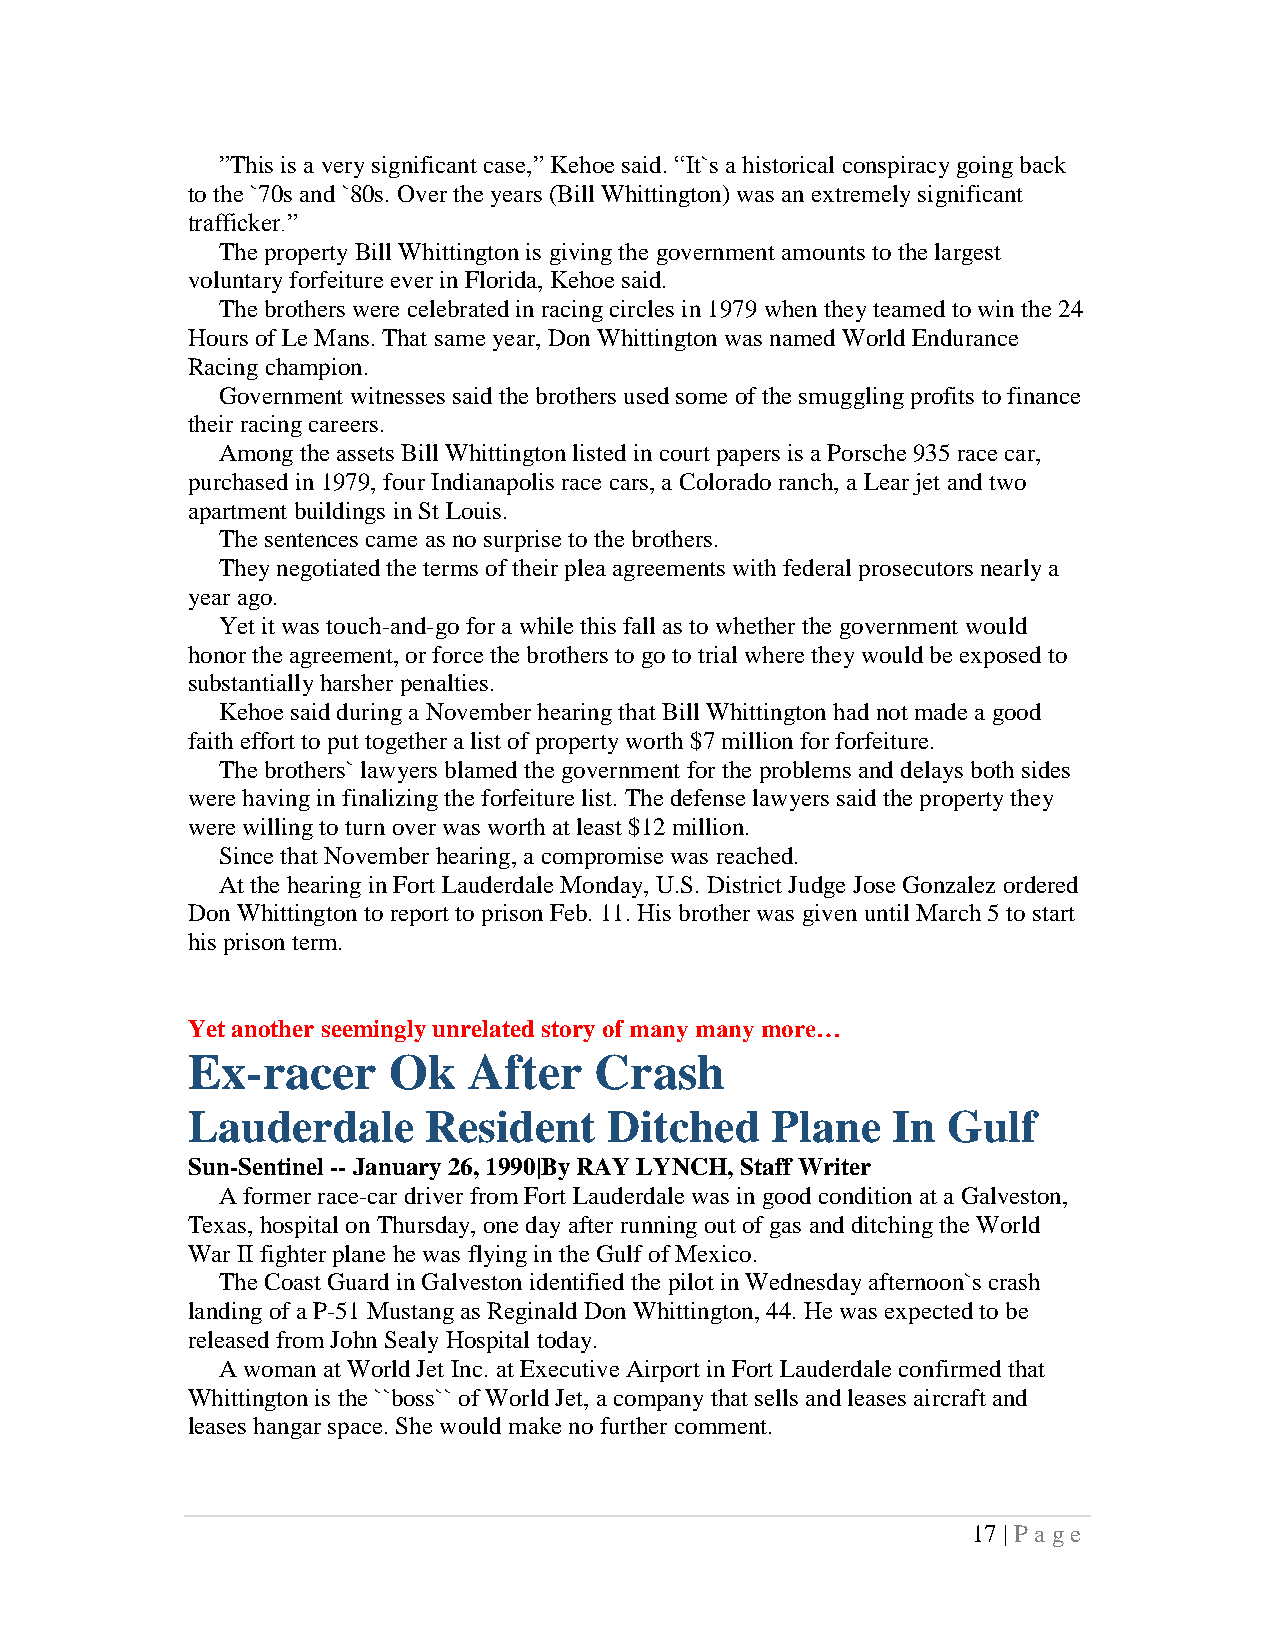
”This is a very significant case,” Kehoe said. “It`s a historical conspiracy going back
 to the `70s and `80s. Over the years (Bill Whittington) was an extremely significant
 trafficker.”
 The property Bill Whittington is giving the government amounts to the largest
 voluntary forfeiture ever in Florida, Kehoe said.
 The brothers were celebrated in racing circles in 1979 when they teamed to win the 24
 Hours of Le Mans. That same year, Don Whittington was named World Endurance
 Racing champion.
 Government witnesses said the brothers used some of the smuggling profits to finance
 their racing careers.
 Among the assets Bill Whittington listed in court papers is a Porsche 935 race car,
 purchased in 1979, four Indianapolis race cars, a Colorado ranch, a Lear jet and two
 apartment buildings in St Louis.
 The sentences came as no surprise to the brothers.
 They negotiated the terms of their plea agreements with federal prosecutors nearly a
 year ago.
 Yet it was touch-and-go for a while this fall as to whether the government would
 honor the agreement, or force the brothers to go to trial where they would be exposed to
 substantially harsher penalties.
 Kehoe said during a November hearing that Bill Whittington had not made a good
 faith effort to put together a list of property worth $7 million for forfeiture.
 The brothers` lawyers blamed the government for the problems and delays both sides
 were having in finalizing the forfeiture list. The defense lawyers said the property they
 were willing to turn over was worth at least $12 million.
 Since that November hearing, a compromise was reached.
 At the hearing in Fort Lauderdale Monday, U.S. District Judge Jose Gonzalez ordered
 Don Whittington to report to prison Feb. 11. His brother was given until March 5 to start
 his prison term.
 Yet another seemingly unrelated story of many many more…
 Ex-racer      Ok   After   Crash
 Lauderdale      Resident    Ditched    Plane   In  Gulf
 Sun-Sentinel -- January 26, 1990|By RAY LYNCH, Staff Writer
 A former race-car driver from Fort Lauderdale was in good condition at a Galveston,
 Texas, hospital on Thursday, one day after running out of gas and ditching the World
 War II fighter plane he was flying in the Gulf of Mexico.
 The Coast Guard in Galveston identified the pilot in Wednesday afternoon`s crash
 landing of a P-51 Mustang as Reginald Don Whittington, 44. He was expected to be
 released from John Sealy Hospital today.
 A woman at World Jet Inc. at Executive Airport in Fort Lauderdale confirmed that
 Whittington is the ``boss`` of World Jet, a company that sells and leases aircraft and
 leases hangar space. She would make no further comment.
 17 | P a ge